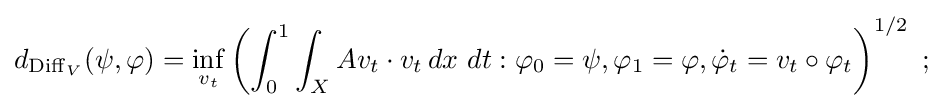
d_{\operatorname {Diff} _{V}}(\psi ,\varphi )=\inf _{v_{t}}\left(\int _{0}^{1}\int _{X}Av_{t}\cdot v_{t}\,dx\ dt:\varphi _{0}=\psi ,\varphi _{1}=\varphi ,{\dot {\varphi }}_{t}=v_{t}\circ \varphi _{t}\right)^{1/2}\ ;